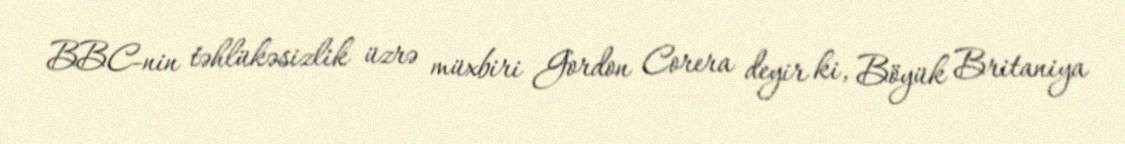
BBC-nin təhlükəsizlik üzrə müxbiri Gordon Corera deyir ki, Böyük Britaniya